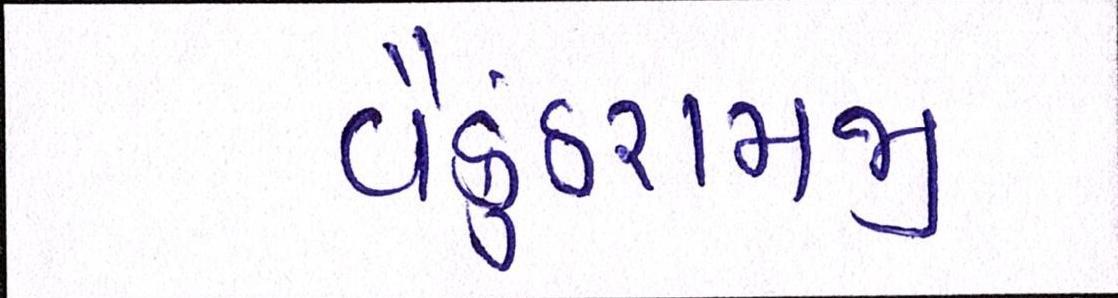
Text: વૈકુંઠરામજી